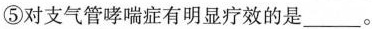
⑤对支气管哮喘症有明显疗效的是___。